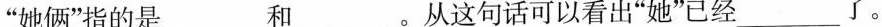
”她俩”指的是___和___。从这句话可以看出”她”已经 ___了。